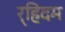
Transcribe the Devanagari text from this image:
र्‍हिदम